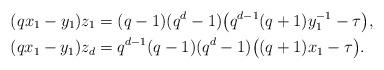
LaTeX: \begin{align*} (q x_1 - y_1) z_1 &= (q-1)(q^d-1) \big( q^{d-1}(q+1)y_1^{-1} - \tau \big), \\ (q x_1 - y_1) z_d &= q^{d-1}(q-1)(q^d-1) \big( (q+1)x_1 - \tau \big). \end{align*}